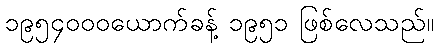
၁၉၅၄၀၀၀ယောက်ခန့် ၁၉၅၁ ဖြစ်လေသည်။